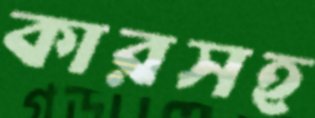
কারসহ